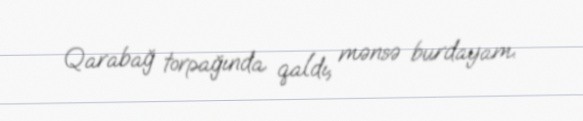
Qarabağ torpağında qaldı, mənsə burdayam.